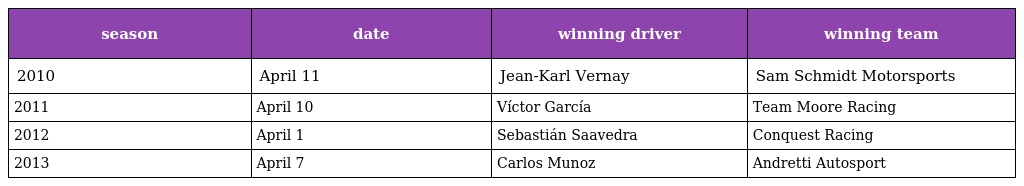
| season | date | winning driver | winning team |
 | --- | --- | --- | --- |
 | 2010 | April 11 | Jean-Karl Vernay | Sam Schmidt Motorsports |
 | 2011 | April 10 | Víctor García | Team Moore Racing |
 | 2012 | April 1 | Sebastián Saavedra | Conquest Racing |
 | 2013 | April 7 | Carlos Munoz | Andretti Autosport |